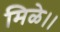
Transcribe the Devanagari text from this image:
मिळे।।